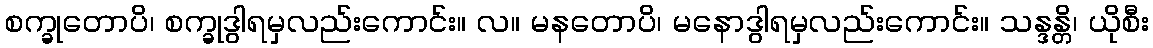
စက္ခုတောပိ၊ စက္ခုဒွါရမှလည်းကောင်း။ လ။ မနတောပိ၊ မနောဒွါရမှလည်းကောင်း။ သန္ဒန္တိ၊ ယိုစီး